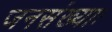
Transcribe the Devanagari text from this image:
जनसंख्याः